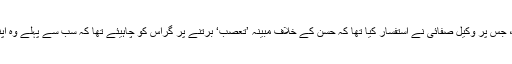
اس سے قبل، وکیل صفائی کی اپیل مسترد کی گئی تھی، جس پر وکیل صفائی نے استفسار کیا تھا کہ حسن کے خلاف مبینہ ’تعصب‘ برتنے پر گراس کو چاہیئے تھا کہ سب سے پہلے وہ اپنے آپ کو سماعتی کارروائی کے لیے نااہل قرار دیتے۔